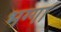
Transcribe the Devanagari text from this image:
भग्गा